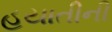
હયાતીની